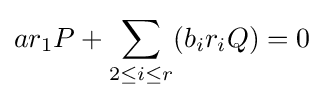
ar_{1}P+\sum _{2\leq i\leq r}(b_{i}r_{i}Q)=0